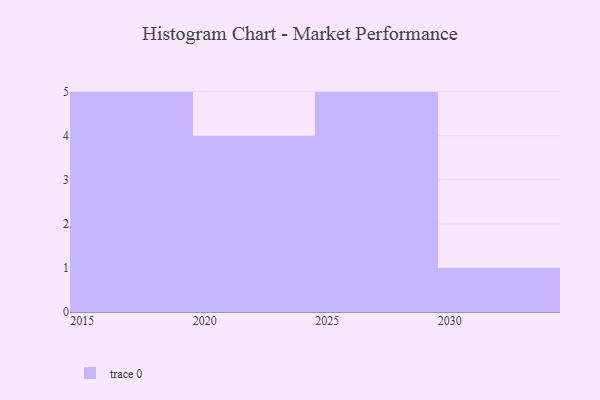
{"axis": {"x": "Year", "y": "Satisfaction Score"}, "legend": [""], "data": [{"x": "2015", "y": 27, "type": ""}, {"x": "2023", "y": 77, "type": ""}, {"x": "2024", "y": 79, "type": ""}, {"x": "2022", "y": 49, "type": ""}, {"x": "2016", "y": 79, "type": ""}, {"x": "2027", "y": 34, "type": ""}, {"x": "2029", "y": 97, "type": ""}, {"x": "2018", "y": 92, "type": ""}, {"x": "2026", "y": 52, "type": ""}, {"x": "2028", "y": 6, "type": ""}, {"x": "2020", "y": 46, "type": ""}, {"x": "2017", "y": 87, "type": ""}, {"x": "2030", "y": 42, "type": ""}, {"x": "2019", "y": 55, "type": ""}, {"x": "2025", "y": 2, "type": ""}]}